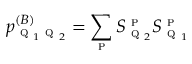
p _ { \textsc { q } _ { 1 } \textsc { q } _ { 2 } } ^ { ( B ) } = \sum _ { \textsc { p } } S _ { \textsc { q } _ { 2 } } ^ { \textsc { p } } S _ { \textsc { q } _ { 1 } } ^ { \textsc { p } }